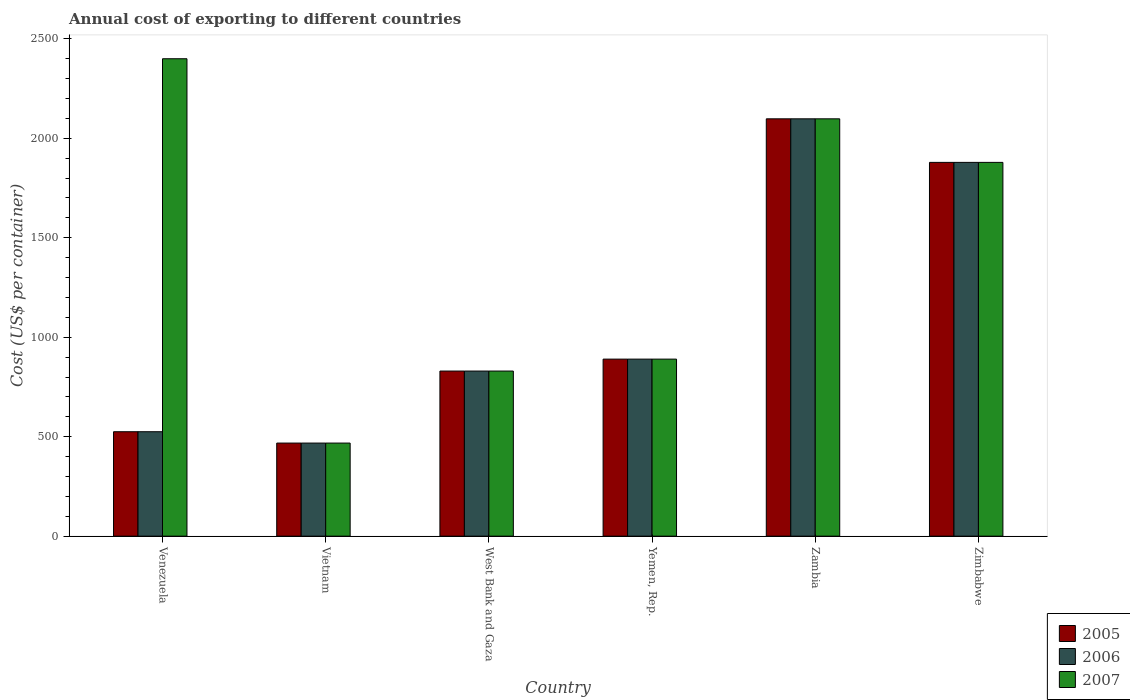
| Country | 2005 | 2006 | 2007 |
 | --- | --- | --- | --- |
 | Venezuela | 525 | 525 | 2.4e+03 |
 | Vietnam | 468 | 468 | 468 |
 | West Bank and Gaza | 830 | 830 | 830 |
 | Yemen, Rep. | 890 | 890 | 890 |
 | Zambia | 2.1e+03 | 2.1e+03 | 2.1e+03 |
 | Zimbabwe | 1.88e+03 | 1.88e+03 | 1.88e+03 |